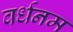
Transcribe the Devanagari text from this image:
वर्धनम